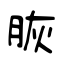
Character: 脄